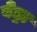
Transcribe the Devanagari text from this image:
वेड्रा